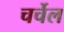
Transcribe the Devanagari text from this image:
चर्चेल